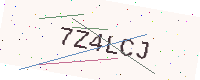
Text: 7Z4LCJ